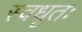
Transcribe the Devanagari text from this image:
स्वधृतः